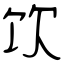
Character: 饮